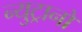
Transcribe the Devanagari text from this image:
न्युट्रानों